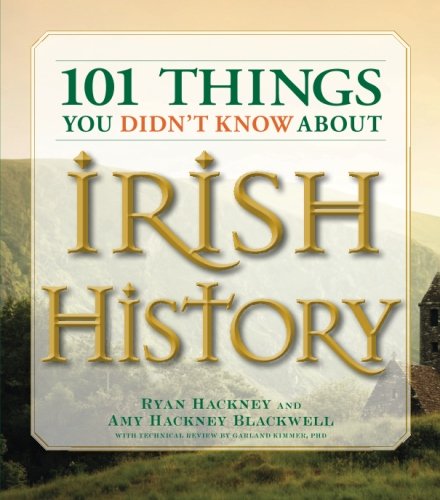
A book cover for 101 Things You Didn't Know About Irish History: The People, Places, Culture, and Tradition of the Emerald Isle; Ryan Hackney; Humor & Entertainment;